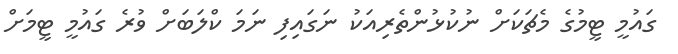
ގައުމީ ޓީމުގެ މެޗަކަށް ނުކުޅުންތެރިއަކު ނަގައިފި ނަމަ ކްލަބަށް ވުރެ ގައުމީ ޓީމަށް